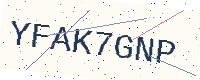
Text: YFAK7GNP